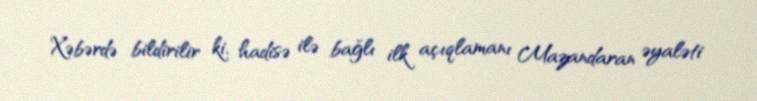
Xəbərdə bildirilir ki, hadisə ilə bağlı ilk açıqlamanı Mazandaran əyaləti